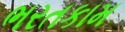
ભરતકામ